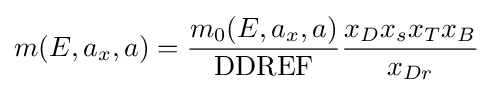
m(E,a_{x},a)={\frac {m_{0}(E,a_{x},a)}{\mathrm {DDREF} }}{\frac {x_{D}x_{s}x_{T}x_{B}}{x_{Dr}}}